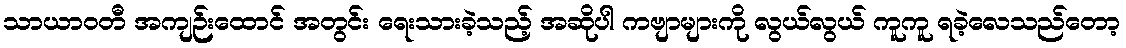
သာယာဝတီ အကျဉ်းထောင် အတွင်း ရေးသားခဲ့သည့် အဆိုပါ ကဗျာများကို လွယ်လွယ် ကူကူ ရခဲ့လေသည်တော့